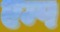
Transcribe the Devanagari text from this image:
एम्प